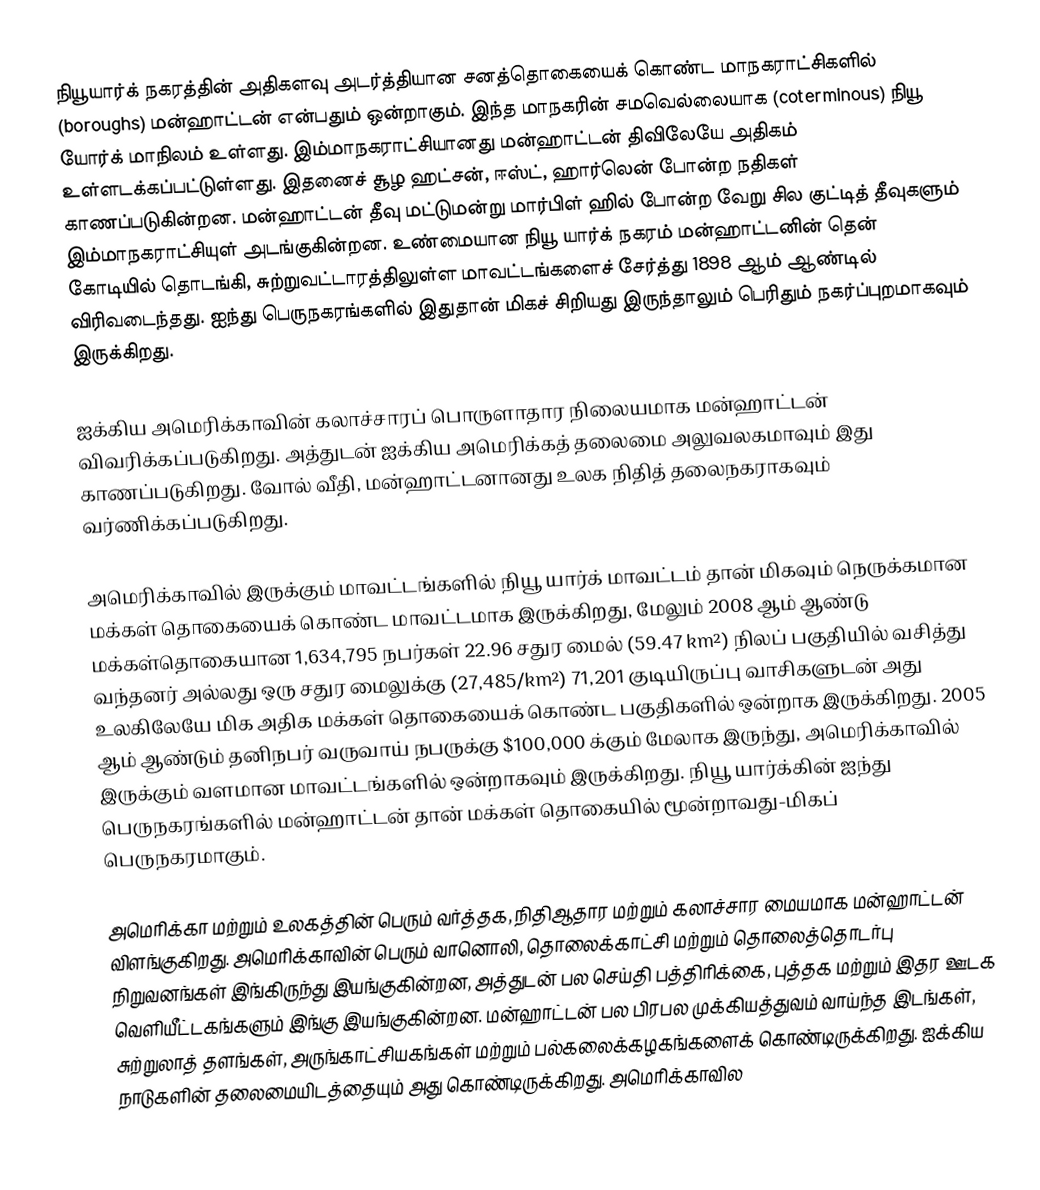
நியூயார்க் நகரத்தின் அதிகளவு அடர்த்தியான சனத்தொகையைக் கொண்ட மாநகராட்சிகளில் (boroughs) மன்ஹாட்டன்  என்பதும் ஒன்றாகும். இந்த மாநகரின் சமவெல்லையாக (coterminous) நியூ யோர்க் மாநிலம் உள்ளது. இம்மாநகராட்சியானது மன்ஹாட்டன் திவிலேயே அதிகம் உள்ளடக்கப்பட்டுள்ளது. இதனைச் சூழ ஹட்சன், ஈஸ்ட், ஹார்லென் போன்ற நதிகள் காணப்படுகின்றன. மன்ஹாட்டன் தீவு மட்டுமன்று மார்பிள் ஹில் போன்ற வேறு சில குட்டித் தீவுகளும் இம்மாநகராட்சியுள் அடங்குகின்றன. உண்மையான நியூ யார்க் நகரம் மன்ஹாட்டனின் தென் கோடியில் தொடங்கி, சுற்றுவட்டாரத்திலுள்ள மாவட்டங்களைச் சேர்த்து 1898 ஆம் ஆண்டில் விரிவடைந்தது. ஐந்து பெருநகரங்களில் இதுதான் மிகச் சிறியது இருந்தாலும் பெரிதும் நகர்ப்புறமாகவும் இருக்கிறது.

ஐக்கிய அமெரிக்காவின் கலாச்சாரப் பொருளாதார நிலையமாக மன்ஹாட்டன் விவரிக்கப்படுகிறது. அத்துடன் ஐக்கிய அமெரிக்கத் தலைமை அலுவலகமாவும் இது காணப்படுகிறது. வோல் வீதி, மன்ஹாட்டனானது உலக நிதித் தலைநகராகவும் வர்ணிக்கப்படுகிறது.

அமெரிக்காவில் இருக்கும் மாவட்டங்களில் நியூ யார்க் மாவட்டம் தான் மிகவும் நெருக்கமான மக்கள் தொகையைக் கொண்ட மாவட்டமாக இருக்கிறது, மேலும் 2008 ஆம் ஆண்டு மக்கள்தொகையான 1,634,795 நபர்கள் 22.96 சதுர மைல் (59.47 km²) நிலப் பகுதியில் வசித்து வந்தனர் அல்லது ஒரு சதுர மைலுக்கு (27,485/km²) 71,201 குடியிருப்பு வாசிகளுடன் அது உலகிலேயே மிக அதிக மக்கள் தொகையைக் கொண்ட பகுதிகளில் ஒன்றாக இருக்கிறது. 2005 ஆம் ஆண்டும் தனிநபர் வருவாய் நபருக்கு $100,000 க்கும் மேலாக இருந்து, அமெரிக்காவில் இருக்கும் வளமான மாவட்டங்களில் ஒன்றாகவும் இருக்கிறது. நியூ யார்க்கின் ஐந்து பெருநகரங்களில் மன்ஹாட்டன் தான் மக்கள் தொகையில் மூன்றாவது-மிகப் பெருநகரமாகும்.

அமெரிக்கா மற்றும் உலகத்தின் பெரும் வர்த்தக, நிதிஆதார மற்றும் கலாச்சார மையமாக மன்ஹாட்டன் விளங்குகிறது. அமெரிக்காவின் பெரும் வானொலி, தொலைக்காட்சி மற்றும் தொலைத்தொடர்பு நிறுவனங்கள் இங்கிருந்து இயங்குகின்றன, அத்துடன் பல செய்தி பத்திரிக்கை, புத்தக மற்றும் இதர ஊடக வெளியீட்டகங்களும் இங்கு இயங்குகின்றன. மன்ஹாட்டன் பல பிரபல முக்கியத்துவம் வாய்ந்த இடங்கள், சுற்றுலாத் தளங்கள், அருங்காட்சியகங்கள் மற்றும் பல்கலைக்கழகங்களைக் கொண்டிருக்கிறது. ஐக்கிய நாடுகளின் தலைமையிடத்தையும் அது கொண்டிருக்கிறது. அமெரிக்காவில